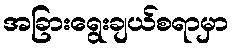
အခြားရွေးချယ်စရာမှာ